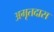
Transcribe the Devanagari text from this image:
अमृतदास